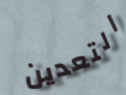
التعدين